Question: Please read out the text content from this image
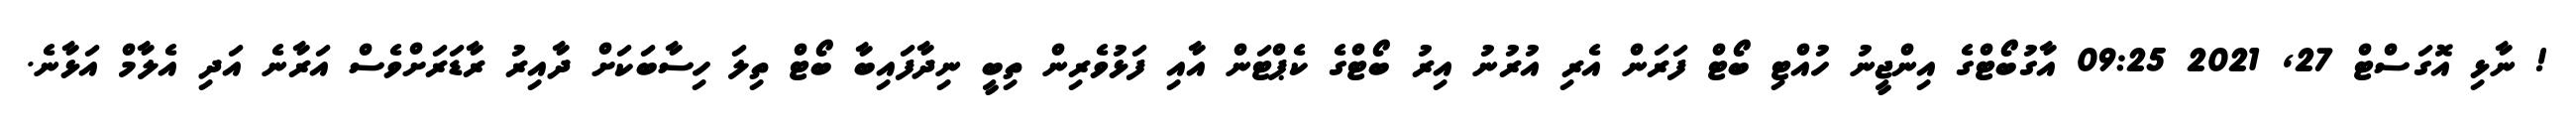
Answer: ! ނާޅި އޮގަސްޓް 27, 2021 09:25 އާގުބޯޓްގެ އިންޖީނު ހުއްޓި ބޯޓް ފަރަން އެރި އުރުނު އިރު ބޯޓްގެ ކެޕްޓަން އާއި ފަޅުވެރިން ތިބީ ނިދާފައިބާ ބޯޓް ތިލަ ހިސާބަކަށް ދާއިރު ރާޑަރަށްވެސް އަރާނެ އަދި އެލާމް އަޅާނެ.